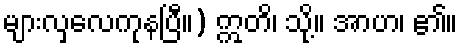
များလှလေကုနပြီ။) ဣတိ၊ သို့။ အာဟ၊ ၏။